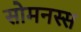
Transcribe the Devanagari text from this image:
सोमनस्स